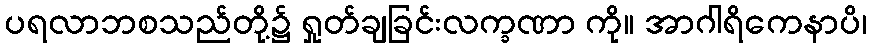
ပရလာဘစသည်တို့၌ ရှုတ်ချခြင်းလက္ခဏာ ကို။ အာဂါရိကေနာပိ၊